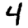
Digit: 4